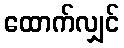
ထောက်လျှင်